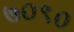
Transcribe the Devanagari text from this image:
७०९०